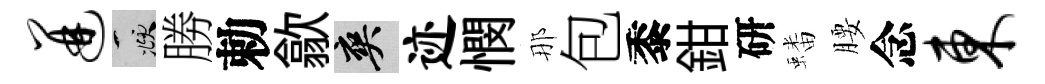
迸頫勝勅歙爽迹憫那包黍鉗研蟠腰念东